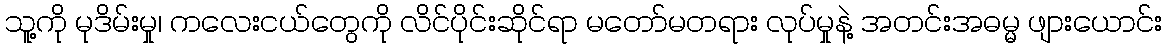
သူ့ကို မုဒိမ်းမှု၊ ကလေးငယ်တွေကို လိင်ပိုင်းဆိုင်ရာ မတော်မတရား လုပ်မှုနဲ့ အတင်းအဓမ္မ ဖျားယောင်း